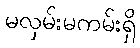
မလှမ်းမကမ်းရှိ